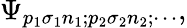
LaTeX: \Psi_{p_{1}\sigma_{1}n_{1};p_{2}\sigma_{2}n_{2};\cdots},